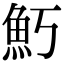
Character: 𬵁